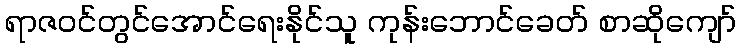
ရာဇဝင်တွင်အောင်ရေးနိုင်သူ ကုန်းဘောင်ခေတ် စာဆိုကျော်